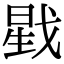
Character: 戥